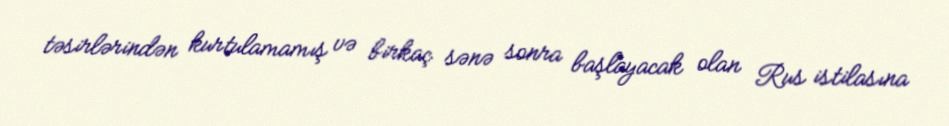
təsirlərindən kurtulamamış və birkaç sənə sonra başlayacak olan Rus istilasına